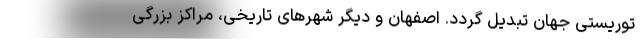
توریستی جهان تبدیل گردد. اصفهان و دیگر شهرهای تاریخی، مراکز بزرگی